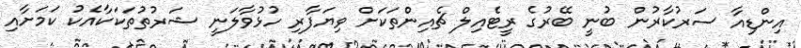
އިންޑިއާ ސަރުކާރުން ބުނީ ބޭރުގެ ރީޓެއިލް ޗެއިންތަކަށް ވިޔަފާރި ހުޅުވާލަނީ ޝަރުތުތަކަކާއެކު ކަމަށާއި